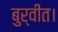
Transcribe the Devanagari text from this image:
बुर्वीत।